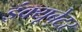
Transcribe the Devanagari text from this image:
इंक्यूबेटर